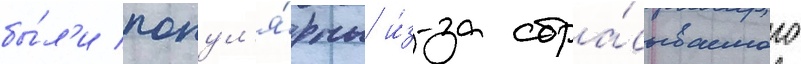
бы́л'и попул'я́рны и́з-за сбра́сываемого